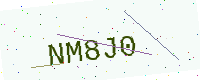
Text: NM8J0